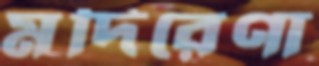
মদিরেণা